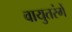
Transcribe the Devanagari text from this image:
वायुतरंगें